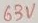
Text: 63V